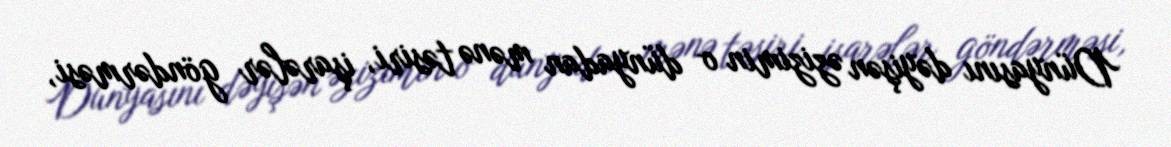
Dünyasını dəyişən əzizimin o dünyadan mənə təsiri, işarələr göndərməsi,